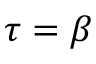
\tau = \beta